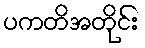
ပကတိအတိုင်း